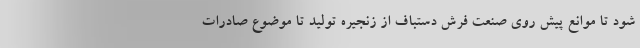
شود تا موانع پیش روی صنعت فرش دستباف از زنجیره تولید تا موضوع صادرات